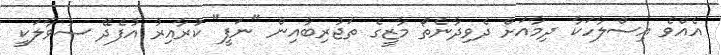
އެއްވެ އިސްލާހަކާ ދިމާއަށް ދެވިދާނެތޯ މާޒީގެ ތަޖުރިބާއިން "ނަފީ" ކުރާއިރު އުފެދޭ ސުވާލަކީ